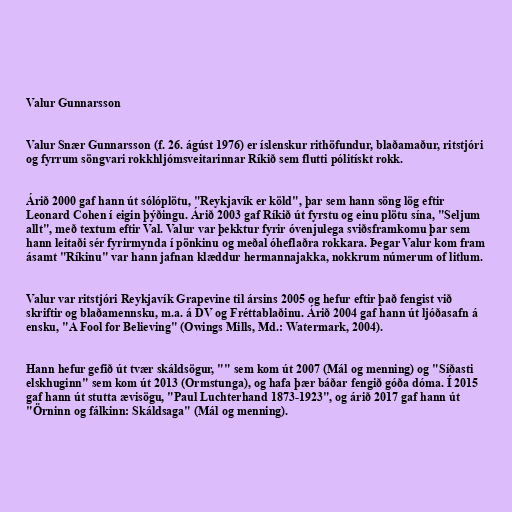
Valur Gunnarsson

Valur Snær Gunnarsson (f. 26. ágúst 1976) er íslenskur rithöfundur, blaðamaður, ritstjóri
og fyrrum söngvari rokkhljómsveitarinnar Ríkið sem flutti pólitískt rokk.

Árið 2000 gaf hann út sólóplötu, "Reykjavík er köld", þar sem hann söng lög eftir
Leonard Cohen í eigin þýðingu. Árið 2003 gaf Ríkið út fyrstu og einu plötu sína, "Seljum
allt", með textum eftir Val. Valur var þekktur fyrir óvenjulega sviðsframkomu þar sem
hann leitaði sér fyrirmynda í pönkinu og meðal óheflaðra rokkara. Þegar Valur kom fram
ásamt "Ríkinu" var hann jafnan klæddur hermannajakka, nokkrum númerum of litlum.

Valur var ritstjóri Reykjavík Grapevine til ársins 2005 og hefur eftir það fengist við
skriftir og blaðamennsku, m.a. á DV og Fréttablaðinu. Árið 2004 gaf hann út ljóðasafn á
ensku, "A Fool for Believing" (Owings Mills, Md.: Watermark, 2004).

Hann hefur gefið út tvær skáldsögur, "" sem kom út 2007 (Mál og menning) og "Síðasti
elskhuginn" sem kom út 2013 (Ormstunga), og hafa þær báðar fengið góða dóma. Í 2015
gaf hann út stutta ævisögu, "Paul Luchterhand 1873-1923", og árið 2017 gaf hann út
"Örninn og fálkinn: Skáldsaga" (Mál og menning).